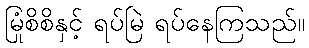
မြုံစိစိနှင့် ရပ်မြဲ ရပ်နေကြသည်။